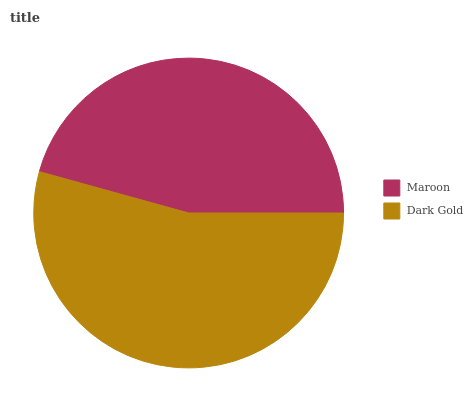
| Maroon | Dark Gold |
 | --- | --- |
 | 45.7% | 54.3% |